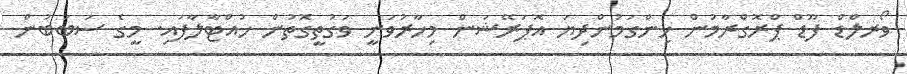
ވޯރލްޑް ފޫޑް ޕްރޮގްރާމުން ހިންގަމުންދިޔަ އޮޕަރޭޝަން މިހާރުވަނީ ވަގުތީގޮތުން ހުއްޓާލާފައި. މީގެ ސަބަބުން